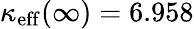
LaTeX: \kappa_{\mathrm{eff}}(\infty)=6.958